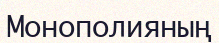
Монополияның